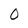
Character: 0